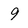
Character: 9